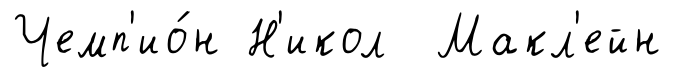
Чемп'ио́н Н'икол Макл'ейн